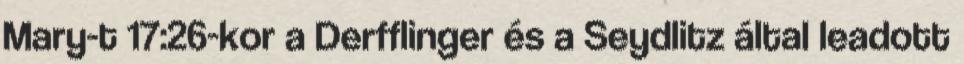
Mary-t 17:26-kor a Derfflinger és a Seydlitz által leadott